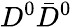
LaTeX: D^{0}\bar{D}^{0}